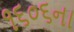
૧૬૦૬ના